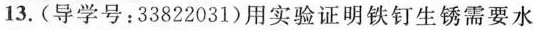
13.(导学号：33822031)用实验证明铁钉生锈需要水